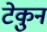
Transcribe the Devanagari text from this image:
टेकुन